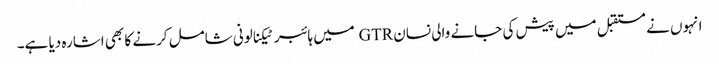
انہوں نے مستقبل میں پیش کی جانے والی نسان GTR میں ہائبر ٹیکنالونی شامل کرنے کا بھی اشارہ دیا ہے۔